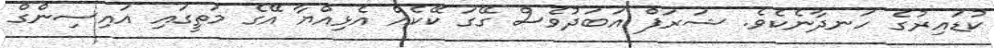
ކުޑައިރުގެ ހަނދާނެކެވެ. ޝަރަފް އަބަދުވެސް ގޭގަ ކޭކެއް އެޅިއްޔާ އޭގެ މަތީގައި އައިސިންގް